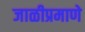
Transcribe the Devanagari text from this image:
जाळीप्रमाणे